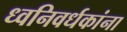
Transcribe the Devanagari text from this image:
ध्वनिवर्धकांना